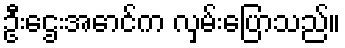
ဦးဌေးအောင်က လှမ်းပြောသည်။